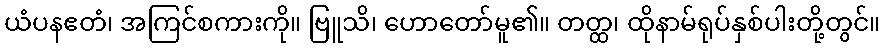
ယံပနဧတံ၊ အကြင်စကားကို။ ဗြူသိ၊ ဟောတော်မူ၏။ တတ္ထ၊ ထိုနာမ်ရုပ်နှစ်ပါးတို့တွင်။